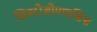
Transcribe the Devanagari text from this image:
सिस्टोसोमायसिस